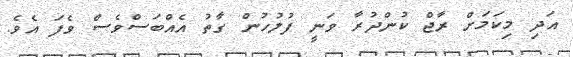
އަދި މިކަމަށް ރާޖް ކުންދުރާ ވަނީ ފުލުހުން ގާތު އެއްބަސްވެސް ވެފަ އެވެ.